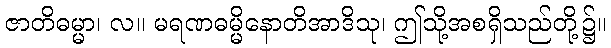
ဇာတိဓမ္မာ၊ လ။ မရဏဓမ္မိနောတိအာဒိသု၊ ဤသို့အစရှိသည်တို့၌။